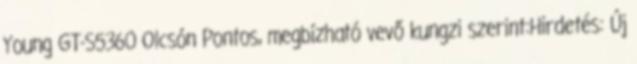
Young GT-S5360 Olcsón Pontos, megbízható vevő kungzi szerint:Hirdetés: Új